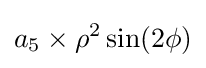
a_{5}\times \rho ^{2}\sin(2\phi )